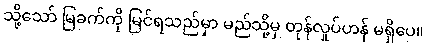
သို့သော် မြခက်ကို မြင်ရသည်မှာ မည်သို့မှ တုန်လှုပ်ဟန် မရှိပေ။